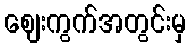
ဈေးကွက်အတွင်းမှ